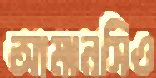
আমানসিও